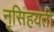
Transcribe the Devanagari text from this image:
नृसिंहयती